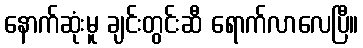
နောက်ဆုံးမူ ချင်းတွင်းဆီ ရောက်လာလေပြီ။